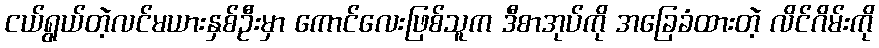
ငယ်ရွယ်တဲ့လင်မယားနှစ်ဦးမှာ ကောင်လေးဖြစ်သူက ဒီစာအုပ်ကို အခြေခံထားတဲ့ လိင်ဂိမ်းကို